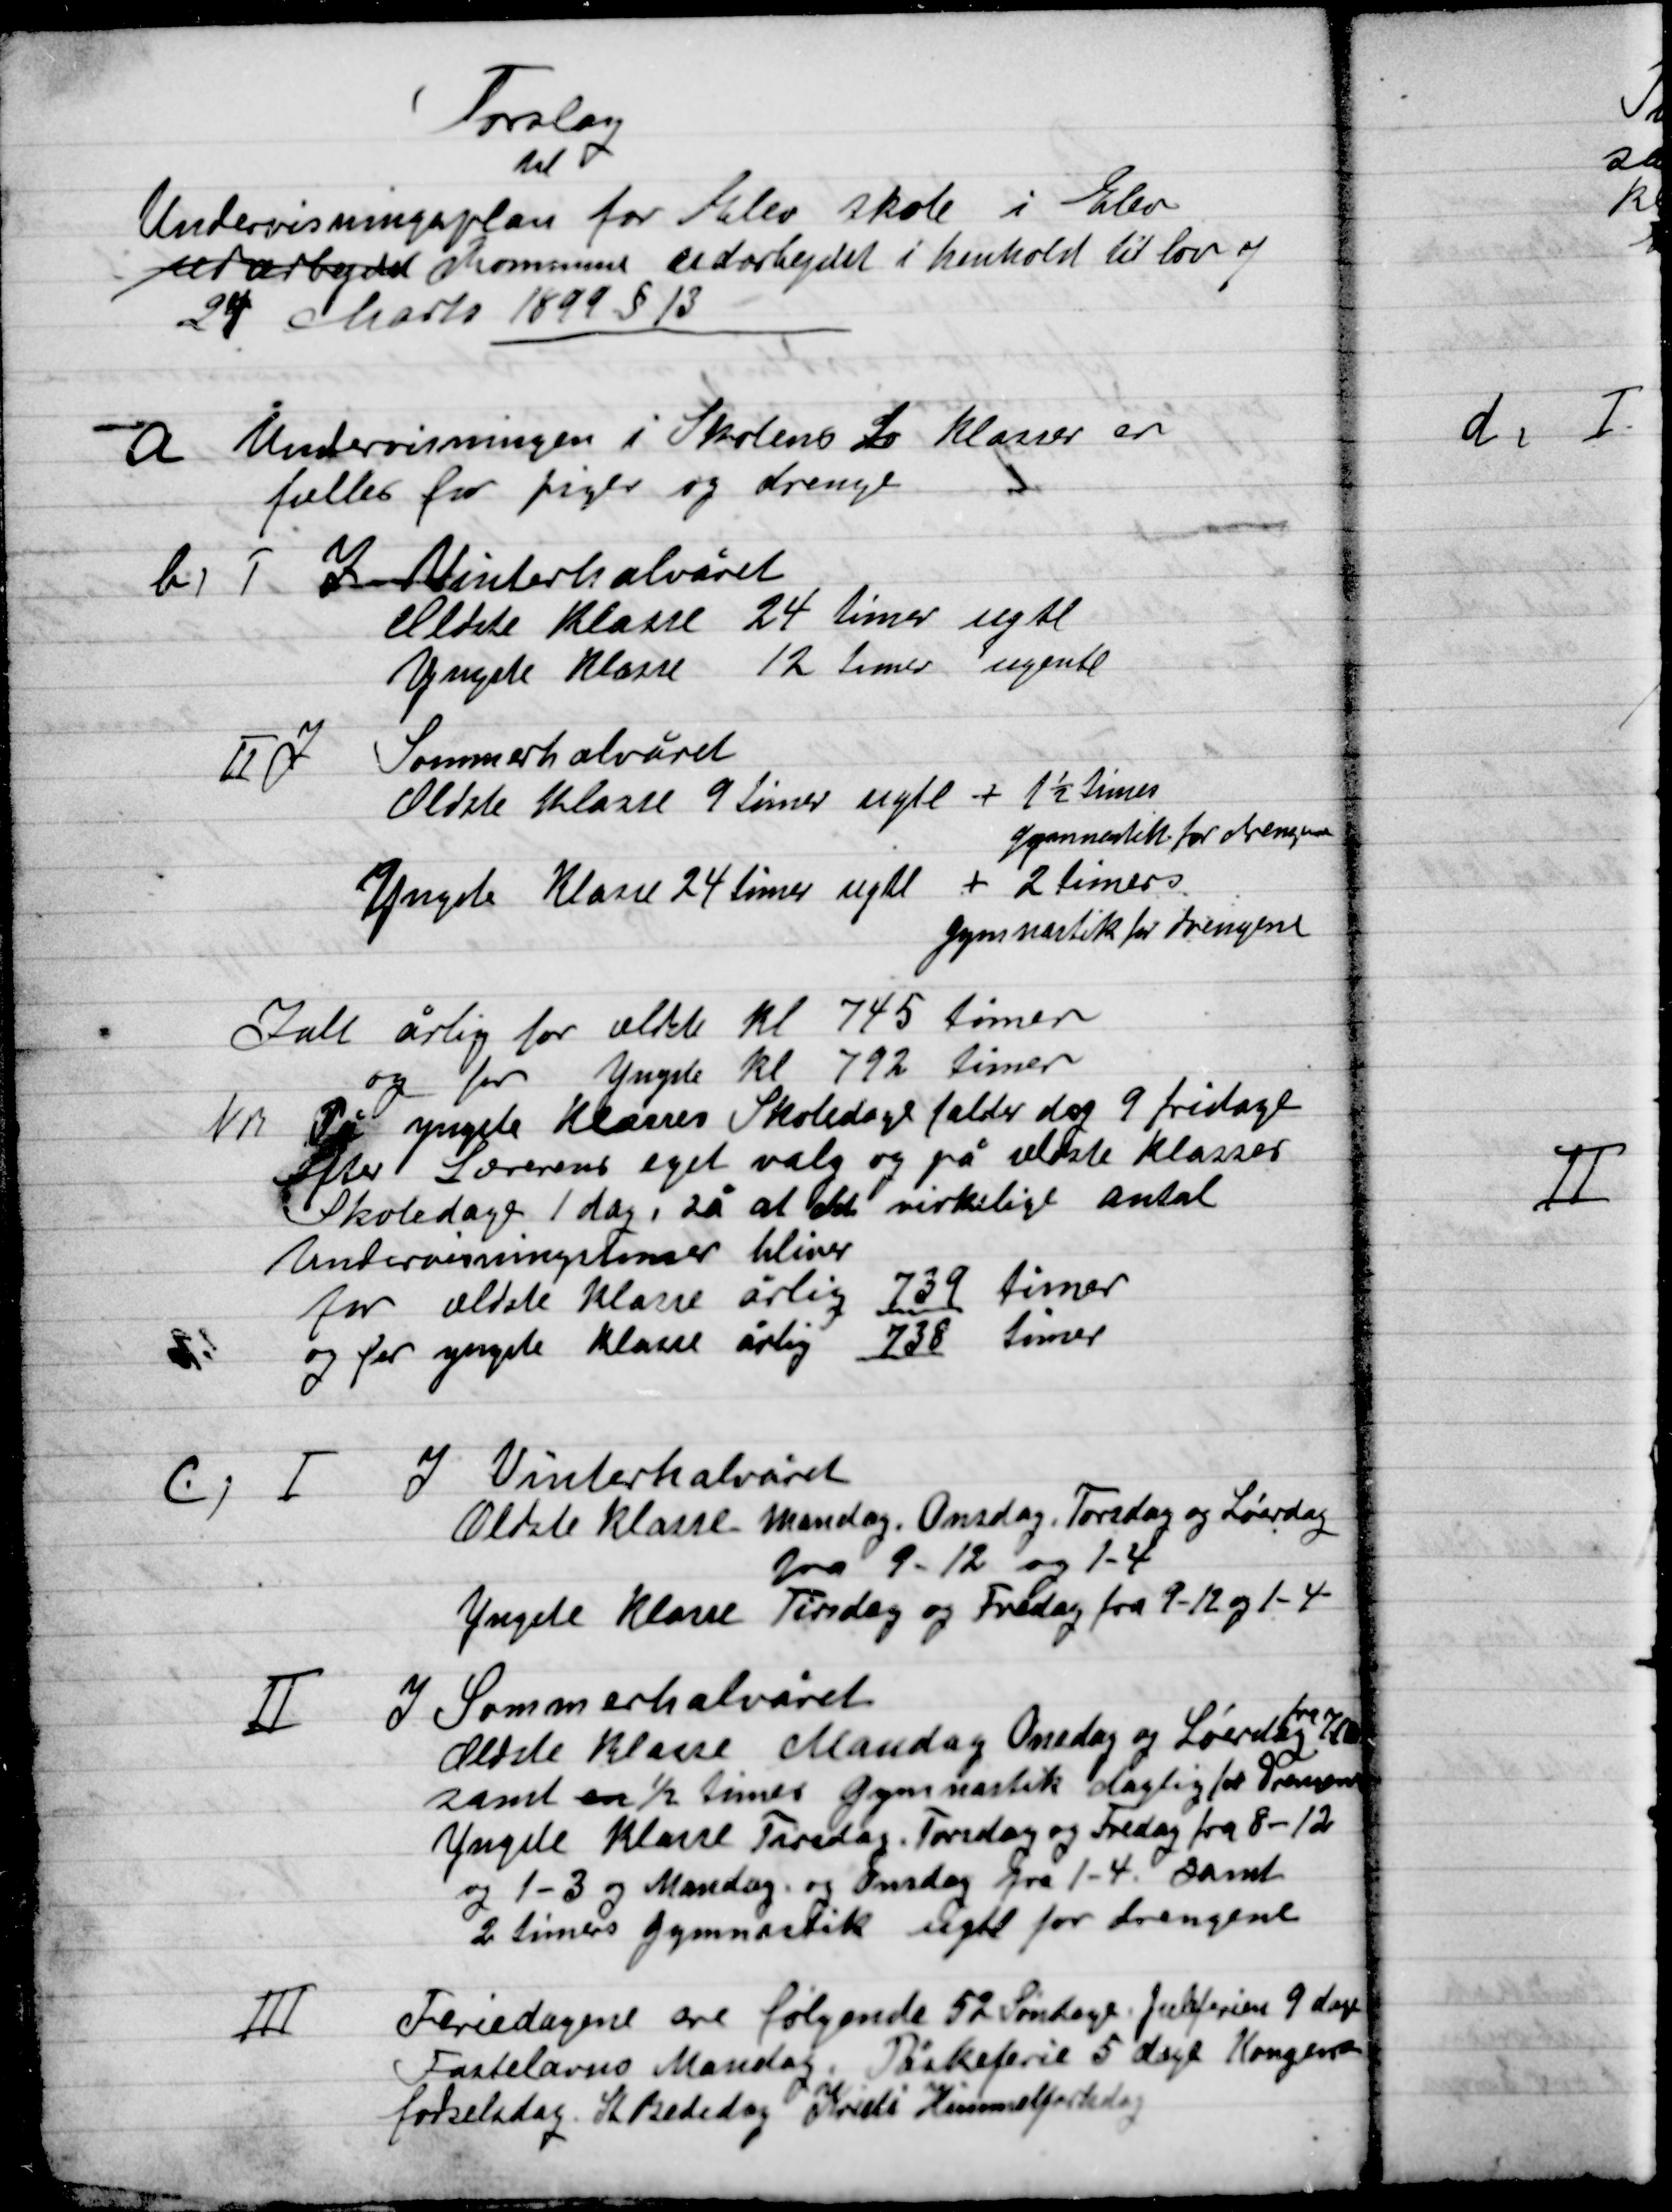
Transskription:
Forslag
Til
Undervisningsplan for Elev skole i Elev
urarbejdet Sommers udarbejdet i henhold til lov af
24 Marts 1899 § 13

a

Undervisningen i Skolens to Klasser er
fælles for piger og drenge

b

I

I Vinterhalvåret
Ældste Klasser 24 timer ugtl
Yngste Klasser 12 timer ugentl

II

I Sommerhalvåret
Ældste Klasser 9 timer ugtl + 1½ timers
		gymnastik for drenge
Yngste Klasser 24 timer ugtl + 2 timers
		gymnastik for drenge

I alt årlig for ældste Kl. 745 timer
og for Yngste Kl. 792 timer
NB På yngste Klasses Skoledages falder dog 9 fridage
efter Lærerens eget valg og på ældste klasser
Skoledage 1 dag, så at det virkelige antal
Undervisningstimer bliver
For ældste Klasser årlig 739 timer
og for yngste Klasser årlig 738 timer

C

I

I Vinterhalvåret
Ældste Klasser Mandag, Onsdag, Torsdag og Lørdag
	fra 9-12 og 1-4
Yngste Klasser Tirsdag og Fredag fra 9-12 og 1-4

II

I Sommerhalvåret
Ældste Klasser Mandag, Onsdag, Torsdag og Lørdag fra 7
samt en ½ timers gymnastik daglig for Drengene
Yngste Klasser Tirsdag, Torsdag og Fredag fra 8-12
og 1-3 og Mandag og Onsdag fra 1-4 samt
2 timers gymnastik ugtl for drengene

III

Feriedagene ere følgende 52 Søndage juleferien 9 dage
Fastelavns Mandag. Påskeferie 5 dage. Kongens
Fødselsdag. St. Bededag. På Kristi himmelfartsdag